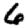
Digit: 6